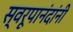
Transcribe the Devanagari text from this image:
स्वरूपानंदांनी